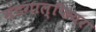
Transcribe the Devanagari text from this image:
मंटगाल्फियर